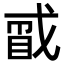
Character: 𪭑